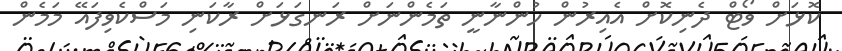
ކޮޅަށް ވޯޓް ދެނިކޮށް އެއިރުން ހުންނާނީ ތަމެންނަށް ރަނގަޅަށް ރާކަނި މަސްކެވިފައޭ މަމެން